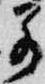
若